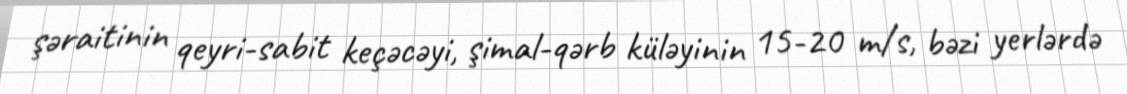
şəraitinin qeyri-sabit keçəcəyi, şimal-qərb küləyinin 15-20 m/s, bəzi yerlərdə